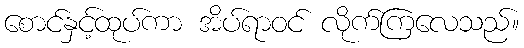
စောင်နှင့်ထုပ်ကာ အိပ်ရာဝင် လိုက်ကြလေသည်။